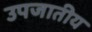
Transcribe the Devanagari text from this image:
उपजातीय